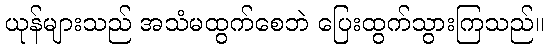
ယုန်များသည် အသံမထွက်စေဘဲ ပြေးထွက်သွားကြသည်။